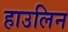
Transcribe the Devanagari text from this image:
हाउलिन